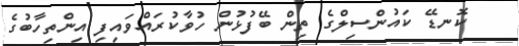
ކޮނޑޭ ކައުންސިލްގެ ތިން ބޭފުޅުން ހުވާކުރައްވައިފި އިންތިހާބުގެ